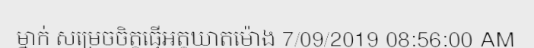
ម្នាក់ សម្រេចចិត្តធ្វើអត្តឃាតម៉ោង 7/09/2019 08:56:00 AM